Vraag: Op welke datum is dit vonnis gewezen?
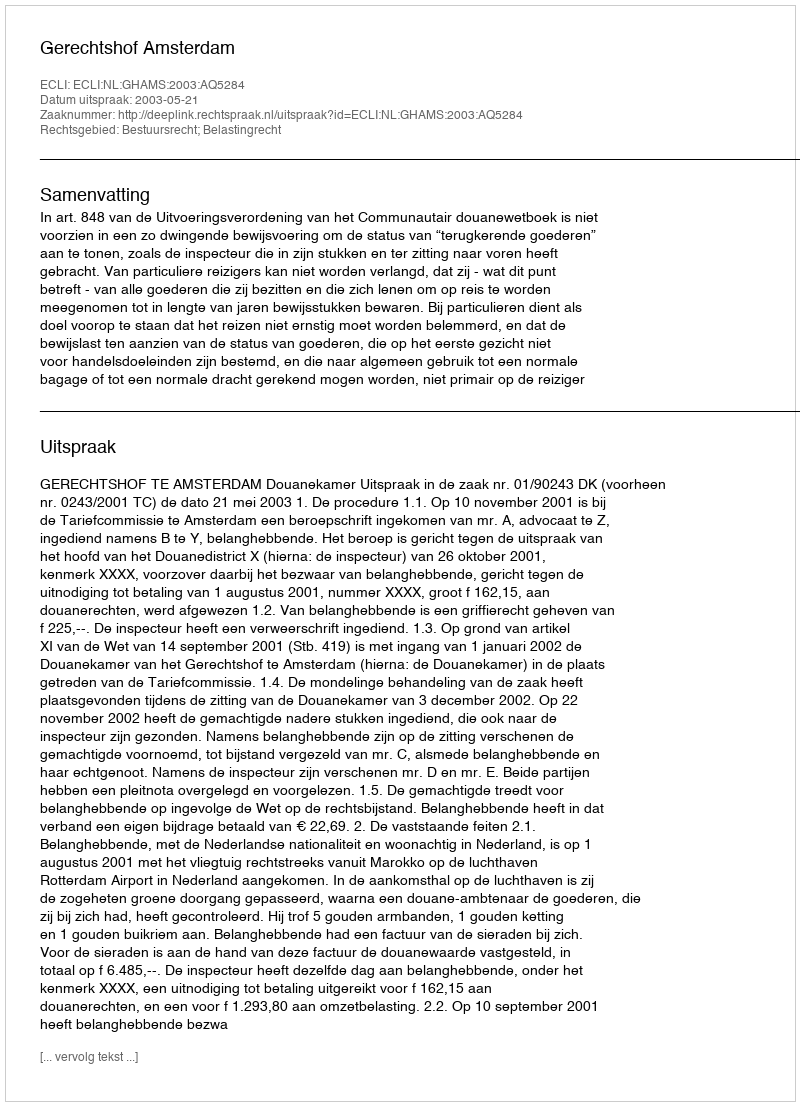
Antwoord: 2003-05-21